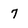
Character: 7